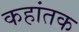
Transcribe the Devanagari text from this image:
कहांतक